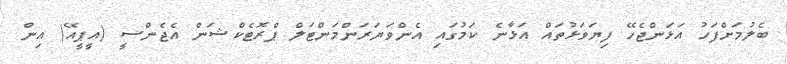
ބެލުމަށްފަހު އަޅަންޖެހޭ ފިޔަވަޅުތައް އަޅާނެ ކަމުގައި އެންވަޔަރަންމަންޓަލް ޕްރޮޓެކްޝަން އެޖެންސީ (އީޕީއޭ) އިން